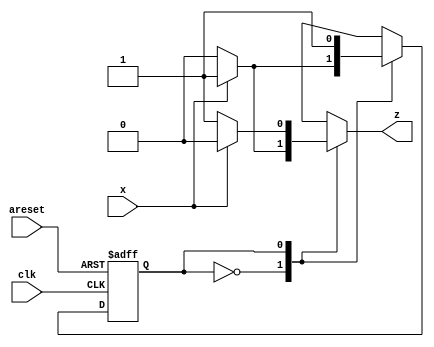
module top_module (
    input clk,
    input areset,
    input x,
    output z
); 
    parameter A=1'b0, B=1'b1;
    reg state, next_state;
    always@(posedge clk or posedge areset)
        begin
            if(areset) state<=A;
            else state<=next_state;
        end
    always@(*)
        begin
            case(state)
                A: begin next_state<=x?B:A; z<=x?1'b1:1'b0;end
                B: begin next_state<=x?B:B; z<=x?1'b0:1'b1; end
                default: next_state<=A;
            endcase
        end
endmodule